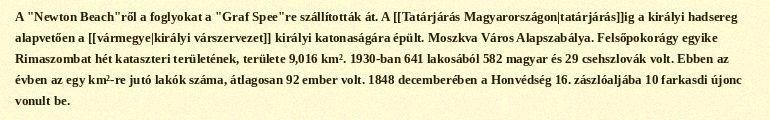
A "Newton Beach"ről a foglyokat a "Graf Spee"re szállították át. A [[Tatárjárás Magyarországon|tatárjárás]]ig a királyi hadsereg alapvetően a [[vármegye|királyi várszervezet]] királyi katonaságára épült. Moszkva Város Alapszabálya. Felsőpokorágy egyike Rimaszombat hét kataszteri területének, területe 9,016 km². 1930-ban 641 lakosából 582 magyar és 29 csehszlovák volt. Ebben az évben az egy km²-re jutó lakók száma, átlagosan 92 ember volt. 1848 decemberében a Honvédség 16. zászlóaljába 10 farkasdi újonc vonult be.